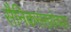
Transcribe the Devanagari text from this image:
सैनिकसंख्येच्या